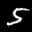
Digit: 5